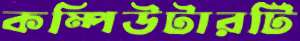
কম্পিউটারটি